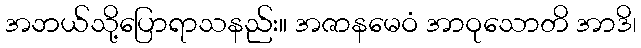
အဘယ်သို့ပြောရာသနည်း။ အဇာနမေဝံ အာဝုသောတိ အာဒိ၊